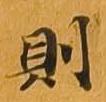
則